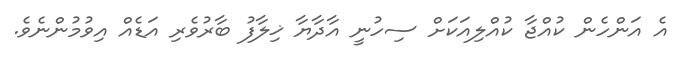
އެ އަންހެން ކުއްޖާ ކުއްލިއަކަށް ސިހުނީ އާދާޔާ ޚިލާފު ބާރުވެރި އަޑެއް އިވުމުންނެވެ.